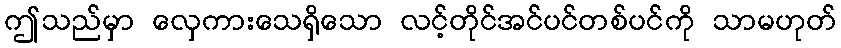
ဤသည်မှာ လှေကားသေရှိသော လင့်တိုင်အင်ပင်တစ်ပင်ကို သာမဟုတ်